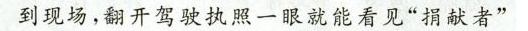
到现场，翻开驾驶执照一眼就看见”捐献者”